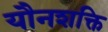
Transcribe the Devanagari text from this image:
यौनशक्ति